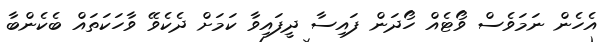
އެހެން ނަމަވެސް ވޯޓެއް ހޯދަން ފައިސާ ދީފައިވާ ކަމަށް ދެކެވޭ ވާހަކަތައް ބެކެންބާ